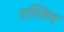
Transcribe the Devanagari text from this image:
रास्तिय